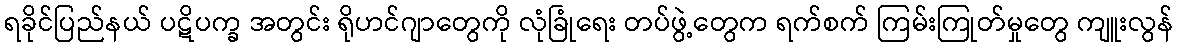
ရခိုင်ပြည်နယ် ပဋိပက္ခ အတွင်း ရိုဟင်ဂျာတွေကို လုံခြုံရေး တပ်ဖွဲ့တွေက ရက်စက် ကြမ်းကြုတ်မှုတွေ ကျူးလွန်